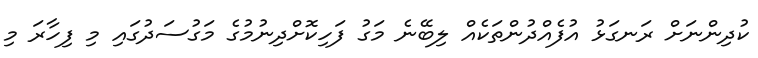
ކުދިންނަށް ރަނގަޅު އުފެއްދުންތަކެއް ލިބޭނެ މަގު ފަހިކޮށްދިނުމުގެ މަގުސަދުގައި މި ފިހާރަ މި